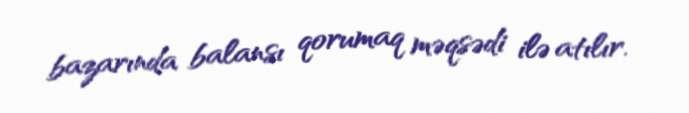
bazarında balansı qorumaq məqsədi ilə atılır.